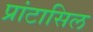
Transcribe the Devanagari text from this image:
प्रांटासिल